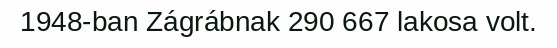
1948-ban Zágrábnak 290 667 lakosa volt.